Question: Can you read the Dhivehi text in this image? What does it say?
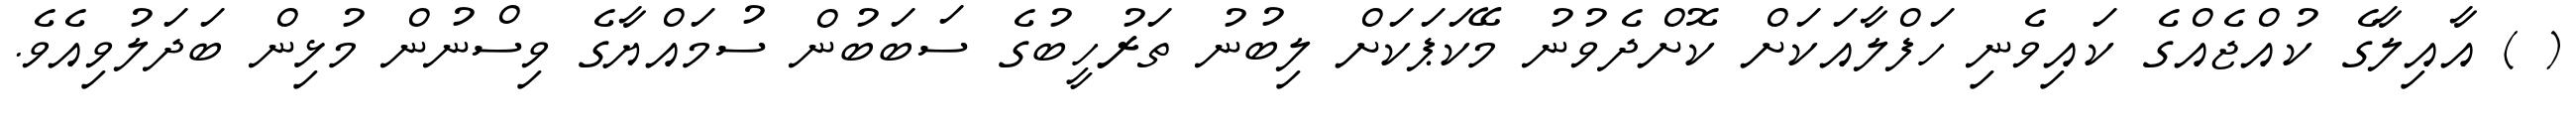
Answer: ( ) އާއިލާގެ ކުއްޖެއްގެ ކައިވެނި ހަފްލާއަކަށް ކޮށްދެވުނު މޭކަޕަކަށް ލިބުނު ތަރުހީބުގެ ސަބަބުން ސުމައްޔާގެ ވިސްނުން މުޅިން ބަދަލުވިއެވެ.